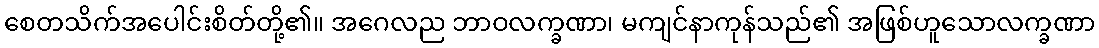
စေတသိက်အပေါင်းစိတ်တို့၏။ အဂေလည ဘာဝလက္ခဏာ၊ မကျင်နာကုန်သည်၏ အဖြစ်ဟူသောလက္ခဏာ